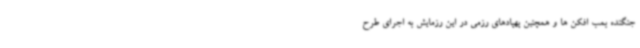
جنگنده بمب افکن ها و همچنین پهپادهای رزمی در این رزمایش به اجرای طرح